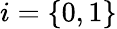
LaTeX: i=\{ 0,1\}